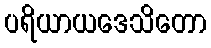
ပရိယာယဒေသိတော